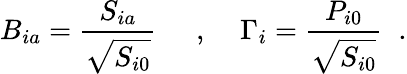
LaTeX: B_{ia}=\frac{S_{ia}}{\sqrt{S_{i0}}}\; \; \; \; \; ,\; \; \; \; \Gamma_{i}=\frac{P_{i0}}{\sqrt{S_{i0}}}\; \; .